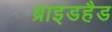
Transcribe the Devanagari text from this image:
ब्राइडहैड